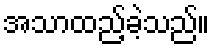
အသာထည့်ခဲ့သည်။